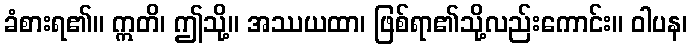
ခံစားရ၏။ ဣတိ၊ ဤသို့။ အဿယထာ၊ ဖြစ်ရာ၏သို့လည်းကောင်း။ ဝါပန၊